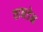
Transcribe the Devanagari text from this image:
वानडेन